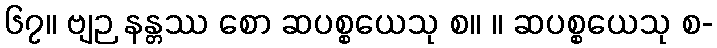
၆၇။ ဗျဉ နန္တဿ စော ဆပစ္စယေသု စ။ ။ ဆပစ္စယေသု စ-